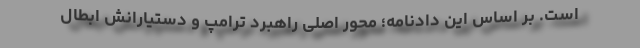
است. بر اساس این دادنامه؛ محور اصلی راهبرد ترامپ و دستیارانش ابطال